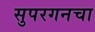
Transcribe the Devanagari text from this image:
सुपरगनचा